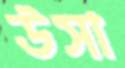
উসা